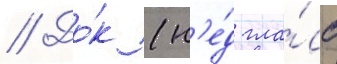
// До́к (н'е́д гла́сс